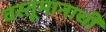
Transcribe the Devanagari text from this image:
वस्तूमानाची